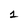
Character: 1